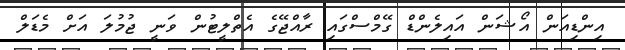
އިންޑިއަން އޯޝަން އައިލެންޑް ގޭމްސްގައި ރާއްޖޭގެ އެތްލީޓުން ވަނީ ޖުމުލަ އަށް މެޑަލް